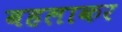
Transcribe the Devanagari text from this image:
बहलाकर